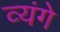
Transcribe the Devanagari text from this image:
व्यंगे